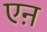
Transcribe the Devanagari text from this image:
एऩ